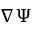
\nabla \Psi